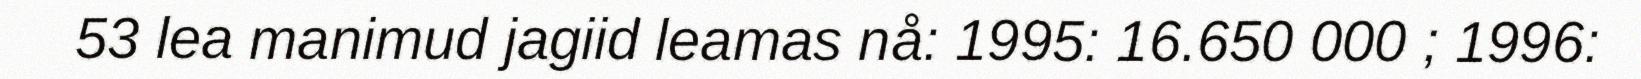
53 lea manimud jagiid leamas nå: 1995: 16.650 000 ; 1996: